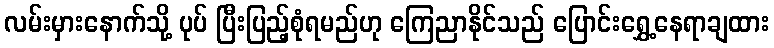
လမ်းမှားနောက်သို့ ပုပ် ပြီးပြည့်စုံရမည်ဟု ကြေညာနိုင်သည် ပြောင်းရွှေ့နေရာချထား